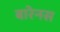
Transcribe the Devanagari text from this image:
बारेनस